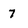
Character: 7